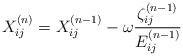
LaTeX: \begin{align*}X_{ij}^{(n)}=X_{ij}^{(n-1)}-\omega \frac{\zeta _{ij}^{(n-1)}}{E_{ij}^{(n-1)}}\end{align*}